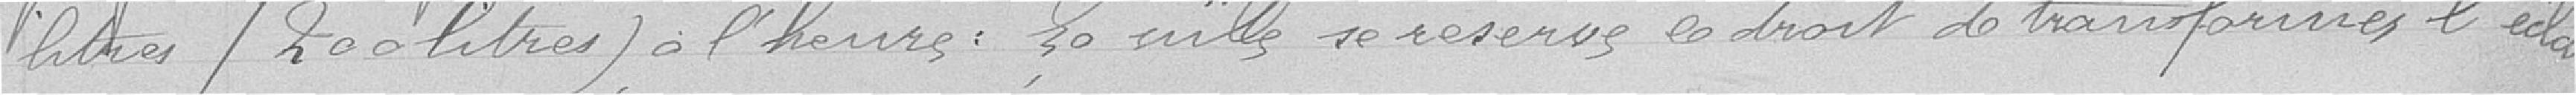
litres/ 200 litres à l'heure : la Ville se réserve le droit de transformer l'éclair-